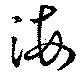
海